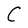
Character: C